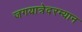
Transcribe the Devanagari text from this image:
जगयात्रेदरम्यान